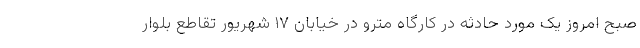
صبح امروز یک مورد حادثه در کارگاه مترو در خیابان ۱۷ شهریور تقاطع بلوار